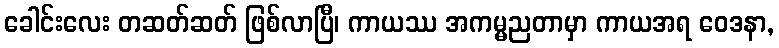
ခေါင်းလေး တဆတ်ဆတ် ဖြစ်လာပြီ၊ ကာယဿ အကမ္မညတာမှာ ကာယအရ ဝေဒနာ,